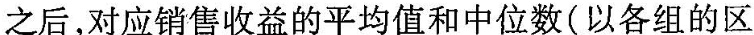
之后，对应销售收益的平均值和中位数(以各组的区